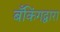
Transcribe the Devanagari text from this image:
बँकिंगद्वारा